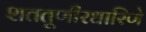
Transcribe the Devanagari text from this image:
शततूणीरधारिणे